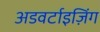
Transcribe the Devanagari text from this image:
अडवर्टाइज़िंग